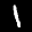
Label: 1